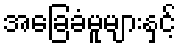
အခြေခံမူများနှင့်